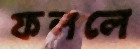
ফললে